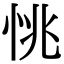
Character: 恌